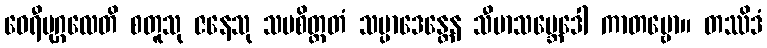
ဝေရီပုဂ္ဂလေတိ စတူသု ဇနေသု သမစိတ္တတံ သမ္ပာဒေန္တေန သီမာသမ္ဘေဒေါ ကာတဗ္ဗော။ တဿိဒံ